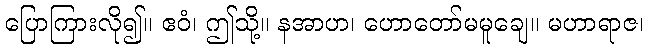
ပြောကြားလို၍။ ဧဝံ၊ ဤသို့။ နအာဟ၊ ဟောတော်မမူချေ။ မဟာရာဇ၊